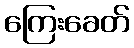
ကြေးခေတ်